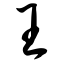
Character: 王